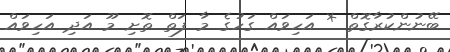
ބޭނުންކުރާގޮތް * އަހިވައް ގަހުގެ މާ ފަތް ތޮށި މޫ އަދި އަހިވައް